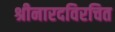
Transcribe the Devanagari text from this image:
श्रीनारदविरचित